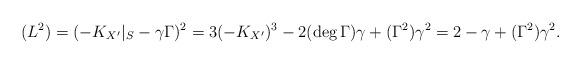
LaTeX: \begin{align*}(L^2) = (-K_{X'}|_S - \gamma \Gamma)^2 = 3 (-K_{X'})^3 - 2 (\deg \Gamma) \gamma + (\Gamma^2) \gamma^2 = 2 - \gamma + (\Gamma^2) \gamma^2.\end{align*}